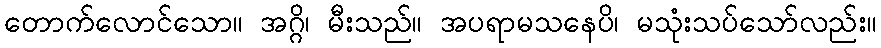
တောက်လောင်သော။ အဂ္ဂိ၊ မီးသည်။ အပရာမသနေပိ၊ မသုံးသပ်သော်လည်း။